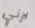
لإني